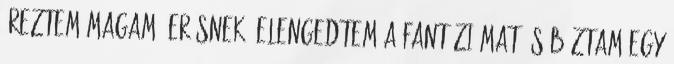
éreztem magam, erősnek, elengedtem a fantáziámat és bíztam egy